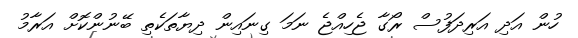
ހުން އަދި އަރިދަފުސް ރޯގާ ޖެހިއްޖެ ނަމަ ގިނައިން ދިޔާތަކެތި ބޭނުންކޮށް އަރާމު